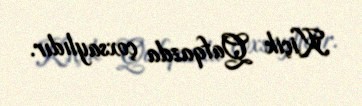
Kiçik Qafqazda çoxsaylıdır.